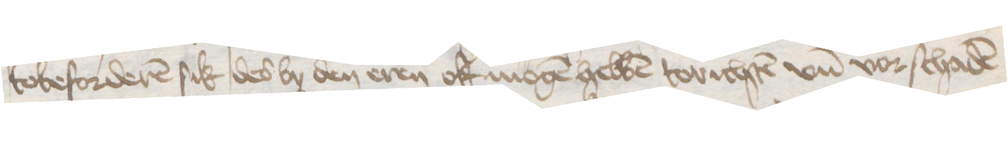
tobeforderen sik des by den eren ok mogen hebben torichten vnd vorschaden